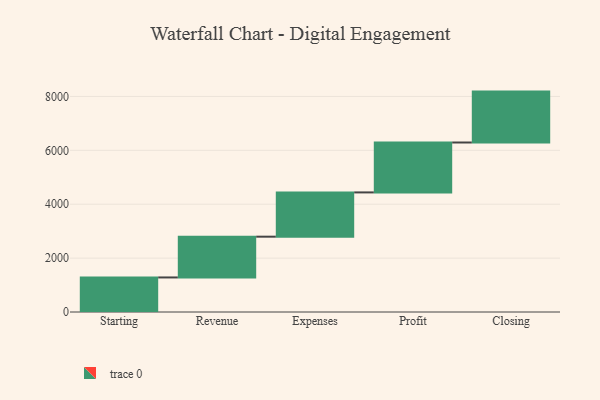
{"axis": {"x": "Step", "y": "Value"}, "legend": [""], "data": [{"x": "Starting", "y": 1282.0, "type": ""}, {"x": "Revenue", "y": 1513.0, "type": ""}, {"x": "Expenses", "y": 1643.0, "type": ""}, {"x": "Profit", "y": 1852.0, "type": ""}, {"x": "Closing", "y": 1889.0, "type": ""}]}